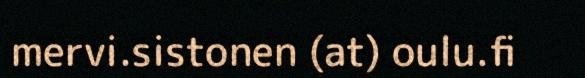
mervi.sistonen (at) oulu.fi